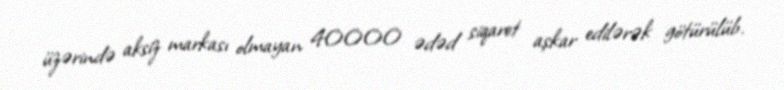
üzərində aksiz markası olmayan 40000 ədəd siqaret aşkar edilərək götürülüb.